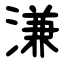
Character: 溓